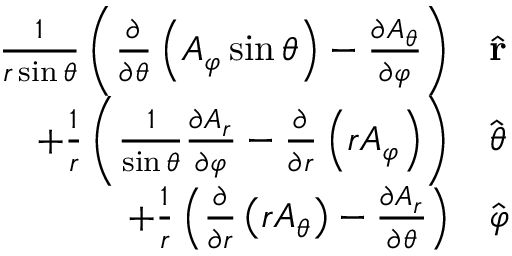
{ \begin{array} { r l } { { \frac { 1 } { r \sin \theta } } \left( { \frac { \partial } { \partial \theta } } \left( A _ { \varphi } \sin \theta \right) - { \frac { \partial A _ { \theta } } { \partial \varphi } } \right) } & { { \hat { \mathbf { r } } } } \\ { + { \frac { 1 } { r } } \left( { \frac { 1 } { \sin \theta } } { \frac { \partial A _ { r } } { \partial \varphi } } - { \frac { \partial } { \partial r } } \left( r A _ { \varphi } \right) \right) } & { { \hat { \boldsymbol { \theta } } } } \\ { + { \frac { 1 } { r } } \left( { \frac { \partial } { \partial r } } \left( r A _ { \theta } \right) - { \frac { \partial A _ { r } } { \partial \theta } } \right) } & { { \hat { \boldsymbol { \varphi } } } } \end{array} }